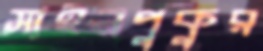
সাইনপুকুর